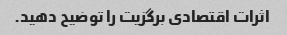
اثرات اقتصادی برگزیت را توضیح دهید.